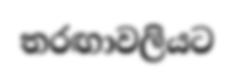
තරඟාවලියට